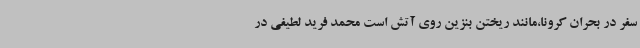
سفر در بحران کرونا،مانند ریختن بنزین روی آتش است محمد فرید لطیفی در